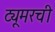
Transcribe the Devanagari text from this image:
ट्यूमरची